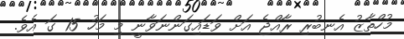
މުހްތާޒު އެނބުރި ރާއްޖެ އަށް ވަޑައިގަންނަވާނީ މި މަހު 15 ގަ އެވެ.